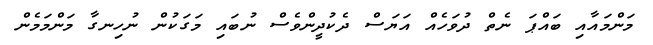
މަންމައާއި ބައްޕަ ނެތް ދުވަހެއް އަޔަސް ދެކުދީންވެސް ނުބައި މަގަކުން ނުހިނގާ މަންމަމެން